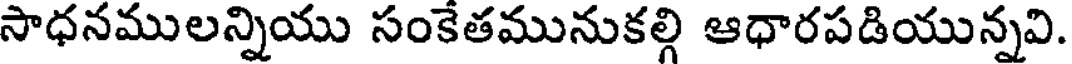
సాధనములన్నియు సంకేతమునుకల్గి ఆధారపడియున్నవి.